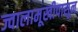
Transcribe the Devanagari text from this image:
ज्वालामूखीपासून